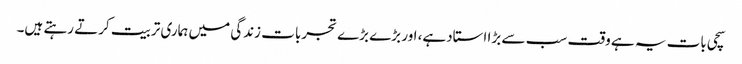
سچی بات یہ ہے وقت سب سے بڑا استادہے، اور بڑے بڑے تجربات زندگی میں ہماری تربیت کرتے رہتے ہیں۔